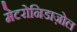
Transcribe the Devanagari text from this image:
मेटरोनिडाज़ोल